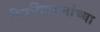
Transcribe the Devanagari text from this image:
रिपब्लिकनांच्या